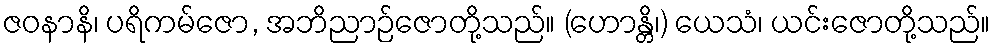
ဇဝနာနိ၊ ပရိကမ်ဇော, အဘိညာဉ်ဇောတို့သည်။ (ဟောန္တိ၊) ယေသံ၊ ယင်းဇောတို့သည်။